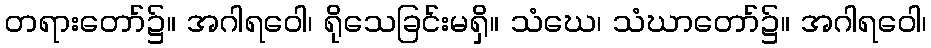
တရားတော်၌။ အဂါရဝေါ၊ ရိုသေခြင်းမရှိ။ သံဃေ၊ သံဃာတော်၌။ အဂါရဝေါ၊